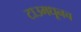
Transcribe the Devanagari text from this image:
टाउमधूनच